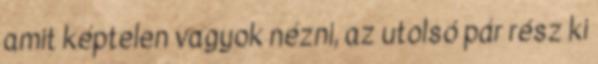
amit képtelen vagyok nézni, az utolsó pár rész ki